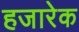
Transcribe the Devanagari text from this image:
हजारेक